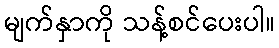
မျက်နှာကို သန့်စင်ပေးပါ။